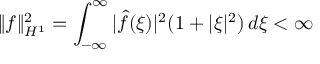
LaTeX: \| f \| _ { H ^ { 1 } } ^ { 2 } = \int _ { - \infty } ^ { \infty } | { \widehat { f } } ( \xi ) | ^ { 2 } ( 1 + | \xi | ^ { 2 } ) \, d \xi < \infty